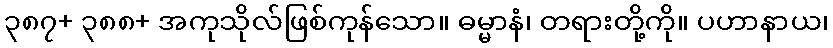
၃၈၇+ ၃၈၈+ အကုသိုလ်ဖြစ်ကုန်သော။ ဓမ္မာနံ၊ တရားတို့ကို။ ပဟာနာယ၊